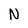
Character: N